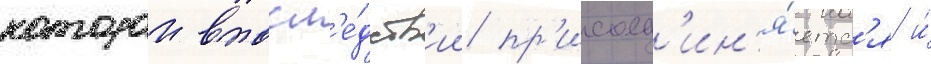
которои впосл'е́дств'ии пр'исоед'ин'я́етс'я и́